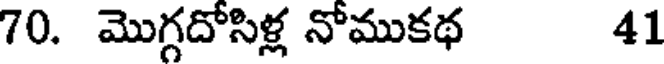
70. మొగ్గదోసిళ్ల నోముకథ 41